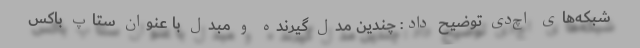
شبکه‌های اچ‌دی توضیح داد: چندین مدل گیرنده و مبدل با عنوان ستاپ باکس